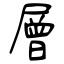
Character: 層